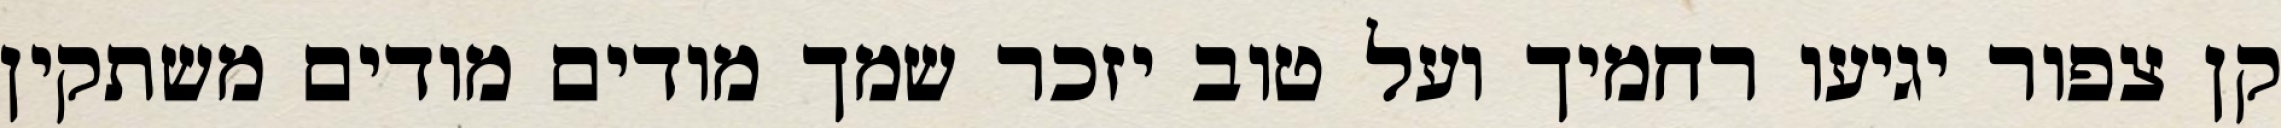
קן צפור יגיעו רחמיך ועל טוב יזכר שמך מודים מודים משתקין